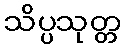
သိပ္ပသုတ္တ